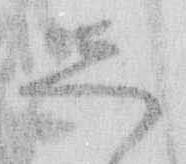
し